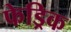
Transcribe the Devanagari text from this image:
फेड्रिक